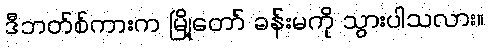
ဒီဘတ်စ်ကားက မြို့တော် ခန်းမကို သွားပါသလား။